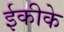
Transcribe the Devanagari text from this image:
ईकीके